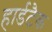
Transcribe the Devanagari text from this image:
हार्डटैक